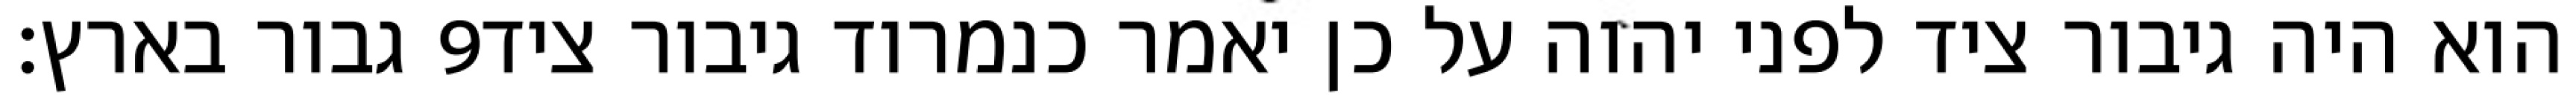
גבור בארץ׃ ‎9‏ הוא היה גיבור ציד לפני יהוה על כן יאמר כנמרוד גיבור ציד